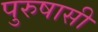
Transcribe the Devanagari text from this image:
पुरुषासी